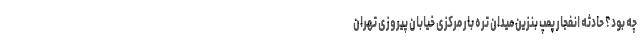
چه بود؟ حادثه انفجار پمپ بنزین میدان تره بار مرکزی خیابان پیروزی تهران